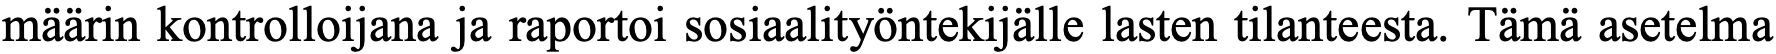
määrin kontrolloijana ja raportoi sosiaalityöntekijälle lasten tilanteesta. Tämä asetelma